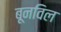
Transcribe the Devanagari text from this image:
बूनविल